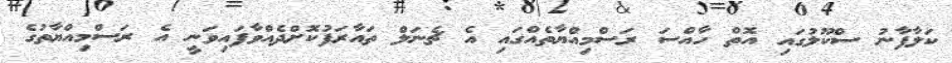
ކަލާފާނު ސްކޫލުގައި އޮތް ހާއްސަ ރަސްމިއްޔާތެއްގައި އެ ޗެނަލް ތައާރަފުކޮށްދެއްވާފައިވަނީ އެ ރަސްމިއްޔާތުގެ